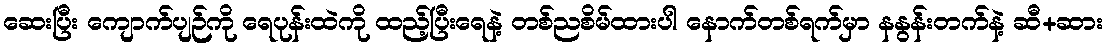
ဆေးပြီး ကျောက်ပျဉ်ကို ရေပုန်းထဲကို ထည့်ပြီးရေနဲ့ တစ်ညစိမ်ထားပါ နောက်တစ်ရက်မှာ နနွန်းတက်နဲ့ ဆီ+ဆား